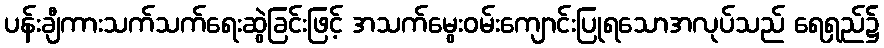
ပန်းချီကားသက်သက်ရေးဆွဲခြင်းဖြင့် အသက်မွေးဝမ်းကျောင်းပြုရသောအလုပ်သည် ရေရှည်၌